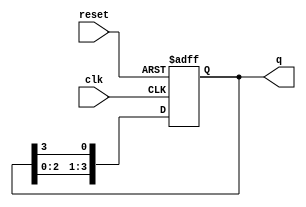
module ring_counter (
    input wire clk,          // Clock input
    input wire reset,        // Reset input
    output reg [N-1:0] q     // Output states of the flip-flops
);
    
    parameter N = 4;         // Define the number of flip-flops
    
    always @(posedge clk or posedge reset) begin
        if (reset) begin
            // Initialize the counter: Set first flip-flop to '1' and others to '0'
            q <= 1'b1 << (N-1); // Initialize to 0001 for N=4
        end else begin
            // Shift the '1' to the next flip-flop
            q <= {q[N-2:0], q[N-1]}; // Shift left and wrap around
        end
    end
    
endmodule